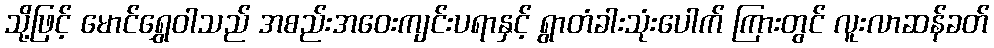
သို့ဖြင့် မောင်ရွှေဝါသည် အစည်းအဝေးကျင်းပရာနှင့် ရွာတံခါးသုံးပေါက် ကြားတွင် လူးလာဆန်ခတ်